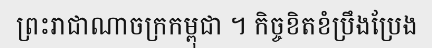
ព្រះរាជាណាចក្រកម្ពុជា ។ កិច្ចខិតខំប្រឹងប្រែង